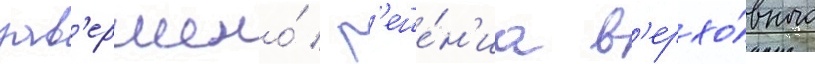
зав'ершено́ / р'еше́н'иа в'ерхо́вного